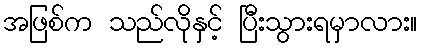
အဖြစ်က သည်လိုနှင့် ပြီးသွားရမှာလား။